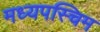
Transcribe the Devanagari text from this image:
मध्यपस्चिम